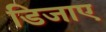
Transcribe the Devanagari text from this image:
डिजाए